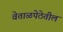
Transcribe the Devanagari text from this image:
वेताळपेठेतील